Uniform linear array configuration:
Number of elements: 24
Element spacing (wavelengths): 1
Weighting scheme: hamming
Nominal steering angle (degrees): -15
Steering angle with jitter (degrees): -16.513
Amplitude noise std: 0.05
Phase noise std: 0.05

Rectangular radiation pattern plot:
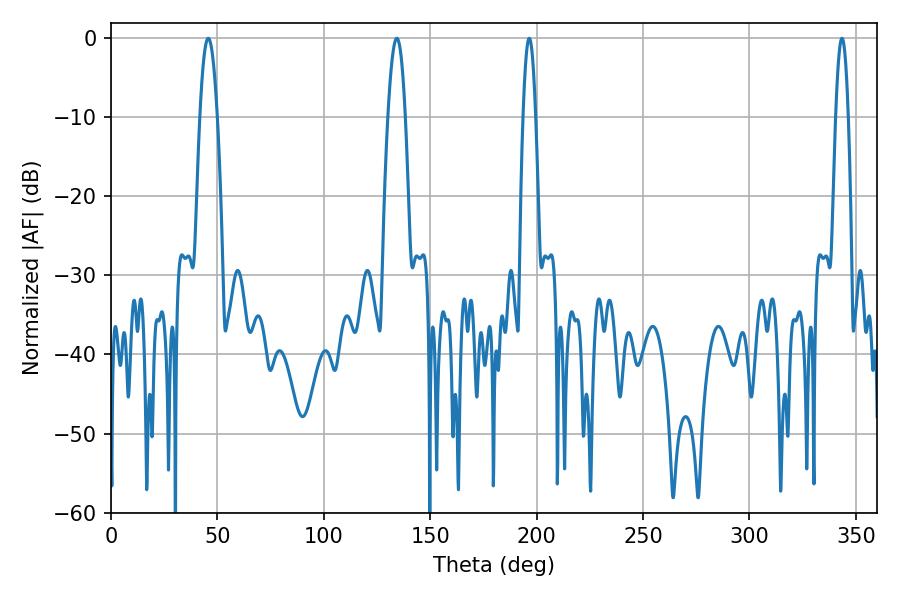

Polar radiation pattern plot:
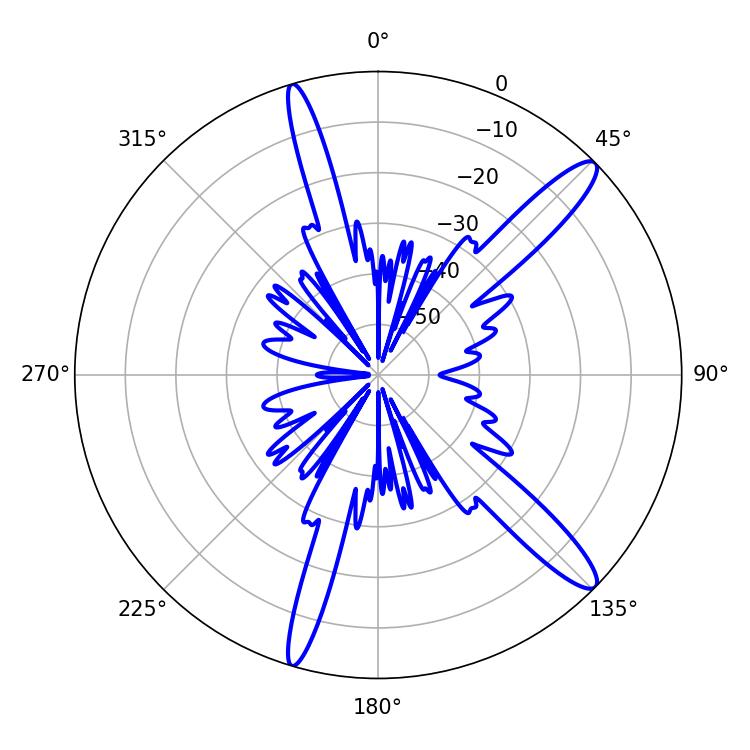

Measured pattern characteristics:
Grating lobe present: TRUE
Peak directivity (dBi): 13.622
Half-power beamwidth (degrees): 4.32
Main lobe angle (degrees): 45.72